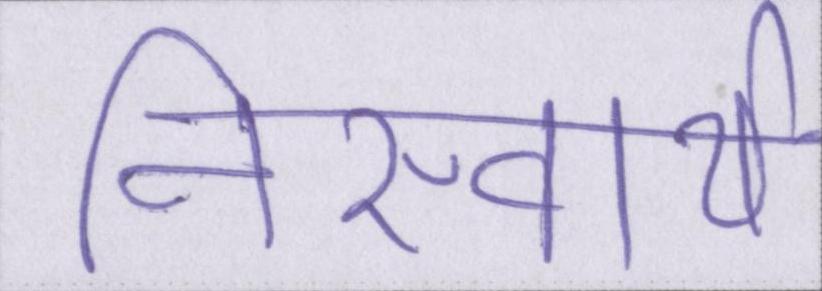
निस्वार्थ